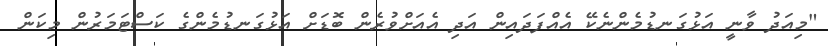
"މިއަދު ވާނީ އަޅުގަނޑުމެންނެކޭ އެއްފަދައިން އަދި އެއަށްވުރެން ބޮޑަށް އަޅުގަނޑުމެންގެ ކަސްޓަމަރުން މިކަން